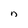
Character: n